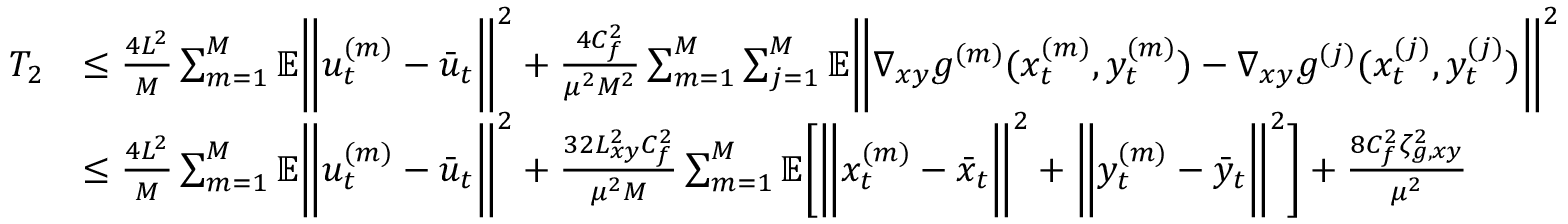
\begin{array} { r l } { T _ { 2 } } & { \leq \frac { 4 L ^ { 2 } } { M } \sum _ { m = 1 } ^ { M } \mathbb { E } \bigg \| u _ { t } ^ { ( m ) } - \bar { u } _ { t } \bigg \| ^ { 2 } + \frac { 4 C _ { f } ^ { 2 } } { \mu ^ { 2 } M ^ { 2 } } \sum _ { m = 1 } ^ { M } \sum _ { j = 1 } ^ { M } \mathbb { E } \bigg \| \nabla _ { x y } g ^ { ( m ) } ( x _ { t } ^ { ( m ) } , y _ { t } ^ { ( m ) } ) - \nabla _ { x y } g ^ { ( j ) } ( x _ { t } ^ { ( j ) } , y _ { t } ^ { ( j ) } ) \bigg \| ^ { 2 } } \\ & { \leq \frac { 4 L ^ { 2 } } { M } \sum _ { m = 1 } ^ { M } \mathbb { E } \bigg \| u _ { t } ^ { ( m ) } - \bar { u } _ { t } \bigg \| ^ { 2 } + \frac { 3 2 L _ { x y } ^ { 2 } C _ { f } ^ { 2 } } { \mu ^ { 2 } M } \sum _ { m = 1 } ^ { M } \mathbb { E } \bigg [ \bigg \| x _ { t } ^ { ( m ) } - \bar { x } _ { t } \bigg \| ^ { 2 } + \bigg \| y _ { t } ^ { ( m ) } - \bar { y } _ { t } \bigg \| ^ { 2 } \bigg ] + \frac { 8 C _ { f } ^ { 2 } \zeta _ { g , x y } ^ { 2 } } { \mu ^ { 2 } } } \end{array}